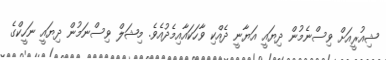
ޝިއުރީއަށް ވިސްނެމުން ދިޔައީ އަޔާނީ ދެއްކި ވާހަކައާއިމެދުއެވެ. މިޝަލް ވިސްނަމުން ދިޔައީ ނަހީކްގެ